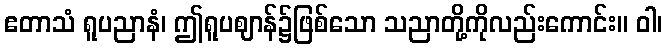
ဧတာသံ ရူပညာနံ၊ ဤရူပဈာန်၌ဖြစ်သော သညာတို့ကိုလည်းကောင်း။ ဝါ၊